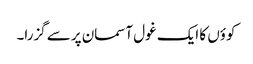
کوؤں کا ایک غول آسمان پرسے گزرا۔